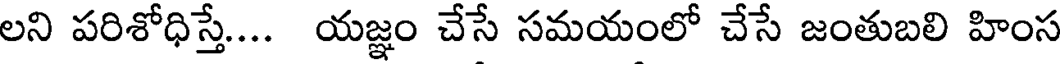
లని పరిశోధిస్తే.... యజ్ఞం చేసే సమయంలో చేసే జంతుబలి హింస